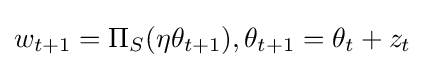
w_{t+1}=\Pi _{S}(\eta \theta _{t+1}),\theta _{t+1}=\theta _{t}+z_{t}